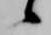
候